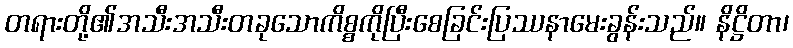
တရားတို့၏အသီးအသီးတခုသောကိစ္စကိုပြီးစေခြင်းပြဿနာမေးခွန်းသည်။ နိဋ္ဌိတာ၊